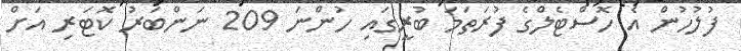
ފުލުހުން އެ ހޮސްޓެލްގެ ފުރަތަމަ ބުރީގައި ހުންނަ 209 ނަންބަރު ކޮޓަރި އަށް